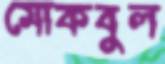
মোকবুল